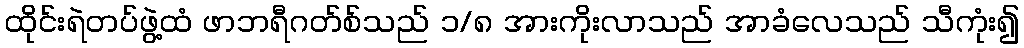
ထိုင်းရဲတပ်ဖွဲ့ထံ ဖာဘရီဂတ်စ်သည် ၁/၈ အားကိုးလာသည် အာခံလေသည် သီကုံး၍